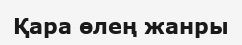
Қара өлең жанры